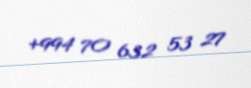
+994 70 632 53 27